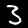
Label: 3